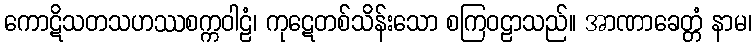
ကောဋိသတသဟဿစက္ကဝါဠံ၊ ကုဋေတစ်သိန်းသော စကြဝဠာသည်။ အာဏာခေတ္တံ နာမ၊